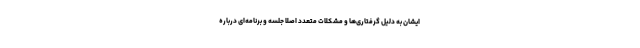
ایشان به دلیل گرفتاری‌ها و مشکلات متعدد اصلاً جلسه و برنامه‌ای درباره